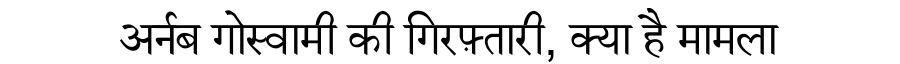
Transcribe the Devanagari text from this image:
अर्नब गोस्वामी की गिरफ़्तारी, क्या है मामला